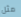
مثل